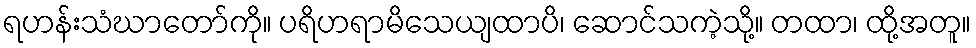
ရဟန်းသံဃာတော်ကို။ ပရိဟရာမိသေယျထာပိ၊ ဆောင်သကဲ့သို့။ တထာ၊ ထို့အတူ။